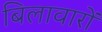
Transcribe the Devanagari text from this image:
बिलावारों